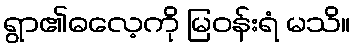
ရွာ၏ဓလေ့ကို မြဝန်းရံ မသိ။